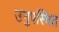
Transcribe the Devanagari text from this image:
उनुपस्थित